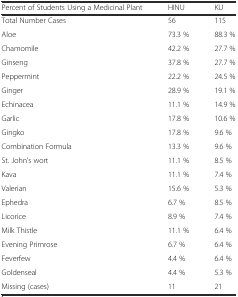
| Percent of Students Using a Medicinal Plant | HINU | KU |
 | --- | --- | --- |
 | Total Number Cases | 56 | 115 |
 | Aloe | 73.3 % | 88.3 % |
 | Chamomile | 42.2 % | 27.7 % |
 | Ginseng | 37.8 % | 27.7 % |
 | Peppermint | 22.2 % | 24.5 % |
 | Ginger | 28.9 % | 19.1 % |
 | Echinacea | 11.1 % | 14.9 % |
 | Garlic | 17.8 % | 10.6 % |
 | Gingko | 17.8 % | 9.6 % |
 | Combination Formula | 13.3 % | 9.6 % |
 | St. John’s wort | 11.1 % | 8.5 % |
 | Kava | 11.1 % | 7.4 % |
 | Valerian | 15.6 % | 5.3 % |
 | Ephedra | 6.7 % | 8.5 % |
 | Licorice | 8.9 % | 7.4 % |
 | Milk Thistle | 11.1 % | 6.4 % |
 | Evening Primrose | 6.7 % | 6.4 % |
 | Feverfew | 4.4 % | 6.4 % |
 | Goldenseal | 4.4 % | 5.3 % |
 | Missing (cases) | 11 | 21 |